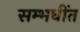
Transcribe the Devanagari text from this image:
सम्भधींत